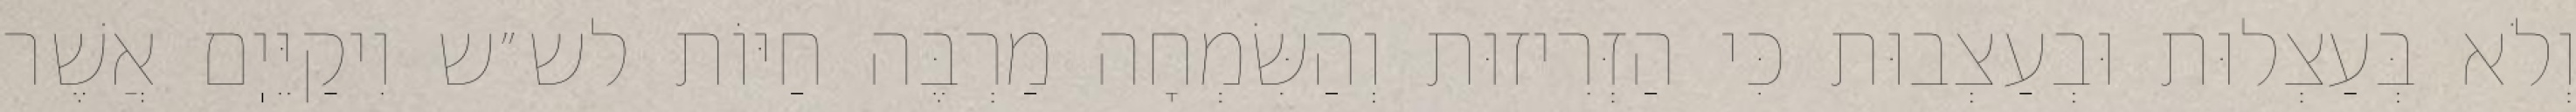
וְלֹא בְּעַצְלוּת וּבְעַצְבוּת כִּי הַזְּרִיזוּת וְהַשִּׂמְחָה מַרְבֶּה חַיּוֹת לש״ש וִיקַיֵּיֽם אֲשֶׁר